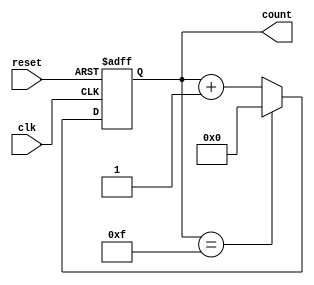
module mod16_counter (
  input wire clk,         // Clock input
  input wire reset,       // Reset input (active low)
  output wire [3:0] count // 4-bit counter output
);

  reg [3:0] count_reg;    // 4-bit counter register

  always @(posedge clk or posedge reset) begin
    if (reset) begin
      count_reg <= 4'b0000; // Reset the counter to 0
    end else begin
      if (count_reg == 4'b1111) begin
        count_reg <= 4'b0000; // Wrap around to 0 after reaching 15
      end else begin
        count_reg <= count_reg + 1; // Increment the counter
      end
    end
  end

  assign count = count_reg; // Output is the counter register value

endmodule